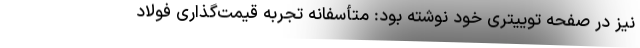
نیز در صفحه توییتری خود نوشته بود: متأسفانه تجربه قیمت‌گذاری فولاد